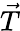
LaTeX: \vec{T}